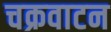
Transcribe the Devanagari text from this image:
चक्रवाटन